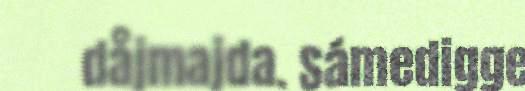
dåjmajda. Sámedigge